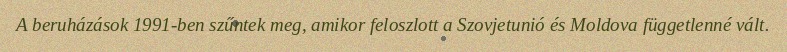
A beruházások 1991-ben szűntek meg, amikor feloszlott a Szovjetunió és Moldova függetlenné vált.